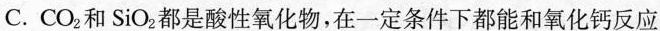
C.CO_{2}和SiO_{2}都是酸性氧化物，在一定条件下都能和氧化钙反应